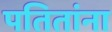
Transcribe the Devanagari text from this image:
पतितांना